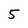
Character: 5